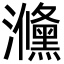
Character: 㶖